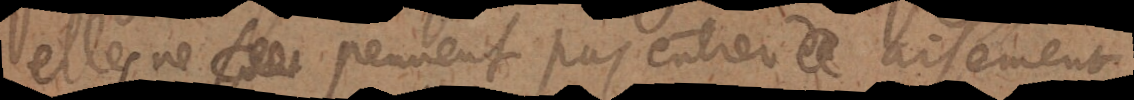
elles ne peuvent pas entrer aisément